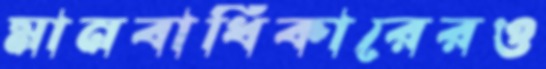
মানবাধিকারেরও